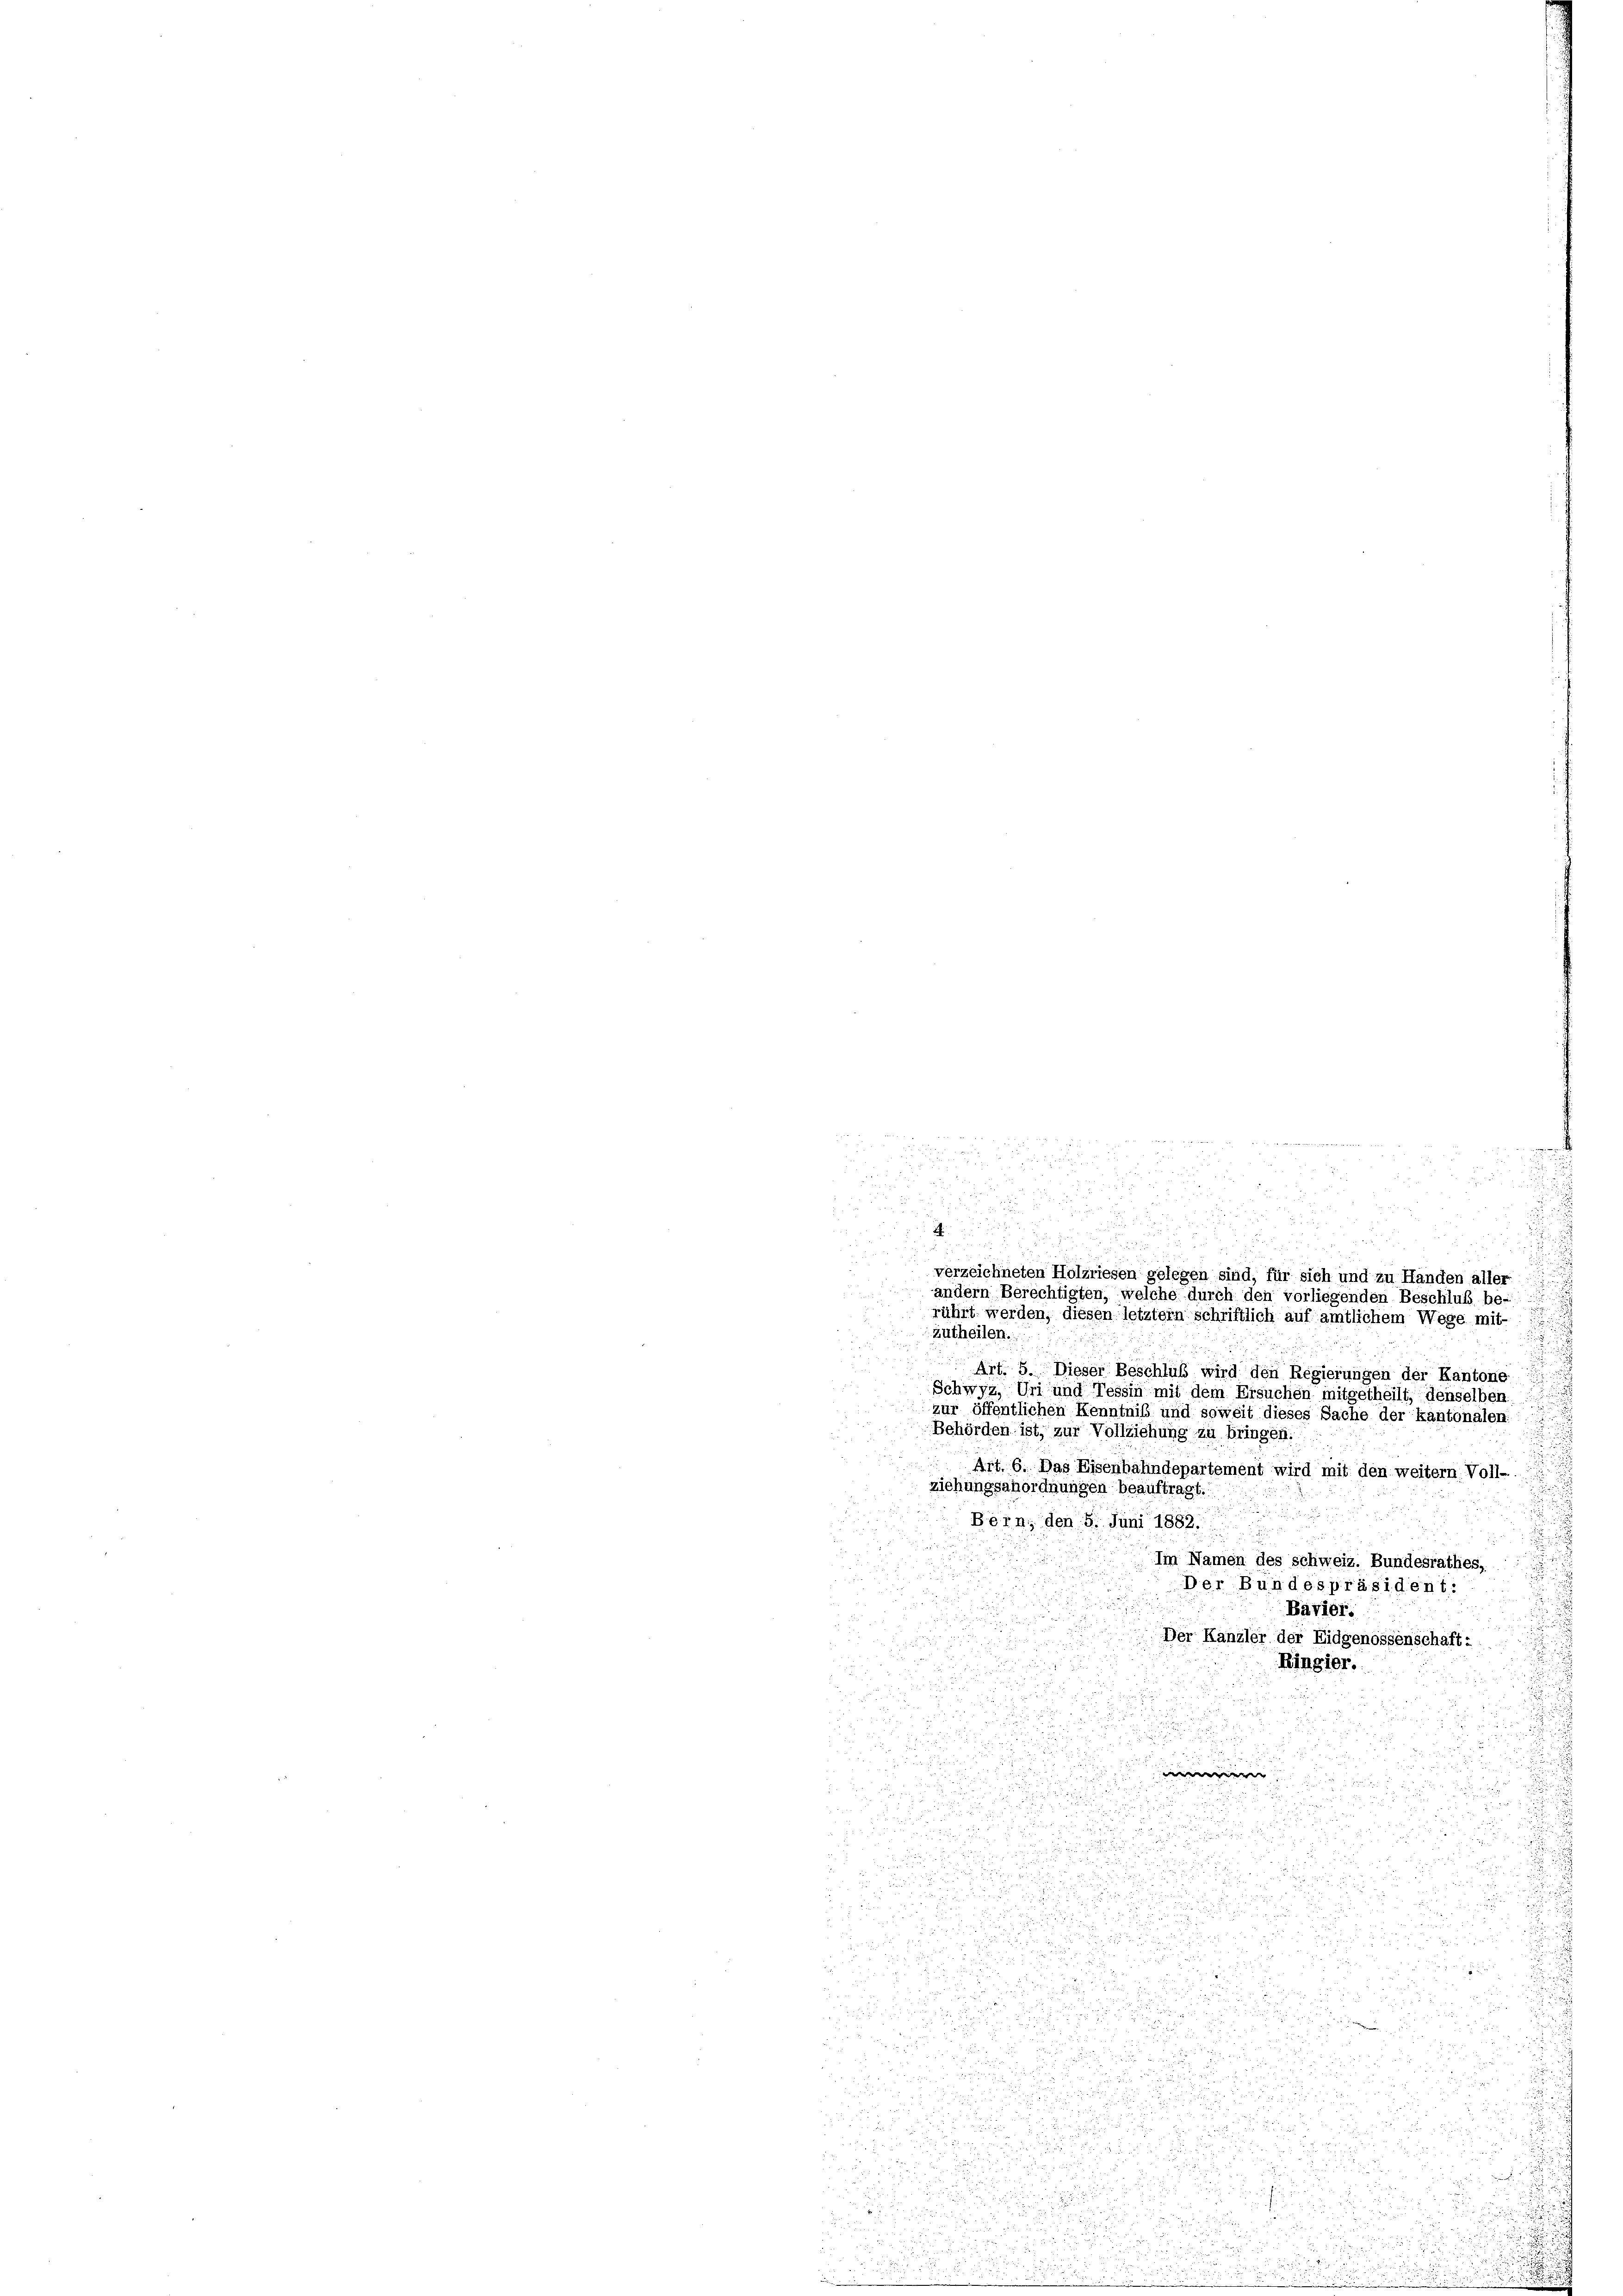
f 52 x

u
Zutheilen.
Art. 5. Dieser Beschluß wird den Regierungen der Kantone
Schwyz, Uri und Tessin mit dem Ersuchen mitgetheilt, denselben
zur öffentlichen Kenntniß und soweit dieses Sache der kantonalen
Behörden ist, zur Vollziehung zu bringen.
Art. 6. Das Eisenbahndepartement wird mit den weitern Voll-
ziehungsanordnungen beauftragt.
Bern, den 5. Juni 1882.
Im Namen des schweiz. Bundesrathes,
Der Bundespräsident:
Bavier.

Der Kanzler der Eidgenossenschäft:
¬
5
.
Ringier.
J
u
i
x

en
.
u

u
2

.

 25

 de

2
u

.

.

d

.

 15 x

2.

i
.
Fr. 2
.
.

u
5
.

r Herrn
3
.

F
u

verzeichneten Holzriesen gelegen sind, für sich und zu Händen aller
andern Berechtigten, welche durch den vorliegenden Beschluß berührt werden, diesen letztem schriftlich auf amtlichem Wege mit-